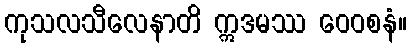
ကုသလသီလေနာတိ ဣဒမဿ ဝေဝစနံ။